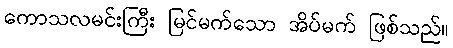
ကောသလမင်းကြီး မြင်မက်သော အိပ်မက် ဖြစ်သည်။